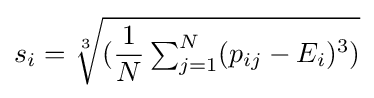
s_{i}={\sqrt[{3}]{({\frac {1}{N}}\textstyle \sum _{j=1}^{N}(p_{ij}-E_{i})^{3})}}